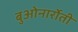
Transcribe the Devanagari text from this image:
बुओनार्रोती